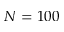
N = 1 0 0